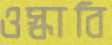
ওস্‌কাবি